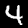
Label: 4